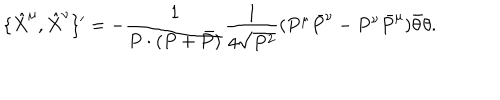
\{ \hat { X } ^ { \mu } , \hat { X } ^ { \nu } \} ^ { \prime } = - \frac { 1 } { P \cdot ( P + \bar { P } ) } \frac { 1 } { 4 \sqrt { P ^ { 2 } } } ( P ^ { \mu } \bar { P } ^ { \nu } - P ^ { \nu } \bar { P } ^ { \mu } ) \bar { \theta } \theta .